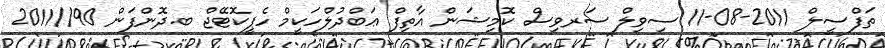
ތަފްސީލް 2011-08-11 ސިވިލް ސަރވިސް ކޮމިޝަން އާތިފް ޢަބްދުލްހަކީމް ހެޕީކޮޓޭޖް ބ.ދޮންފަން 90//2011